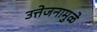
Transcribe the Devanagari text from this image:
उत्तेजनामुळे